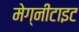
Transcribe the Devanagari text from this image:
मेग्नीटाइट